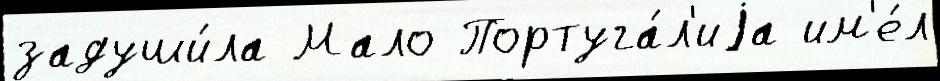
задуши́ла Мало Португа́л'иjа им'е́л